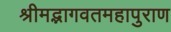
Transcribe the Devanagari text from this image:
श्रीमद्भागवतमहापुराण